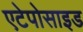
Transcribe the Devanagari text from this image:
एटेपोसाइड